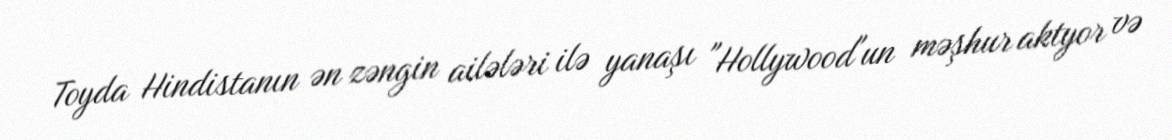
Toyda Hindistanın ən zəngin ailələri ilə yanaşı "Hollywood"un məşhur aktyor və